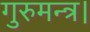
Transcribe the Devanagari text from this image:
गुरुमन्त्र।